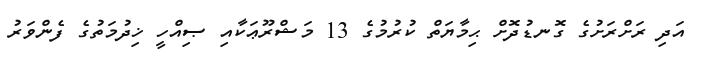
އަދި ރަށްރަށުގެ ގޮނޑުދޮށް ޙިމާޔަތް ކުރުމުގެ 13 މަޝްރޫޢަކާއި ޞިއްހީ ޚިދުމަތުގެ ފެންވަރު